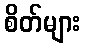
စိတ်များ